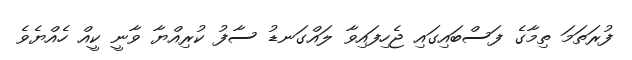
ފުރަތަމަ ތިމާގެ ފަސްބައިގައި ޖެހިފައިވާ ލައްގަނޑު ސާފު ކުރިއްޔާ ވާނީ ކީއް ހެއްޔެވެ